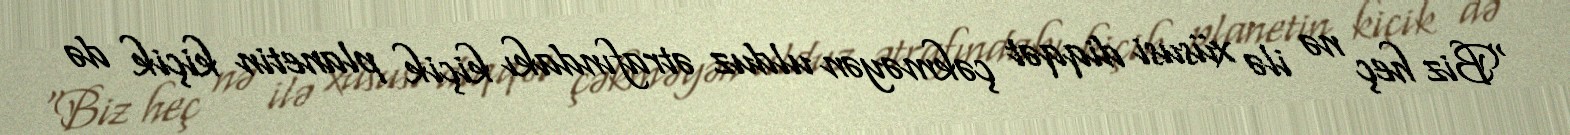
“Biz heç nə ilə xüsusi diqqət çəkməyən ulduz ətrafındakı kiçik planetin kiçik də